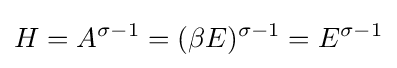
H=A^{\sigma -1}=(\beta E)^{\sigma -1}=E^{\sigma -1}